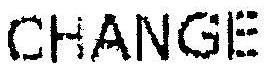
CHANGE